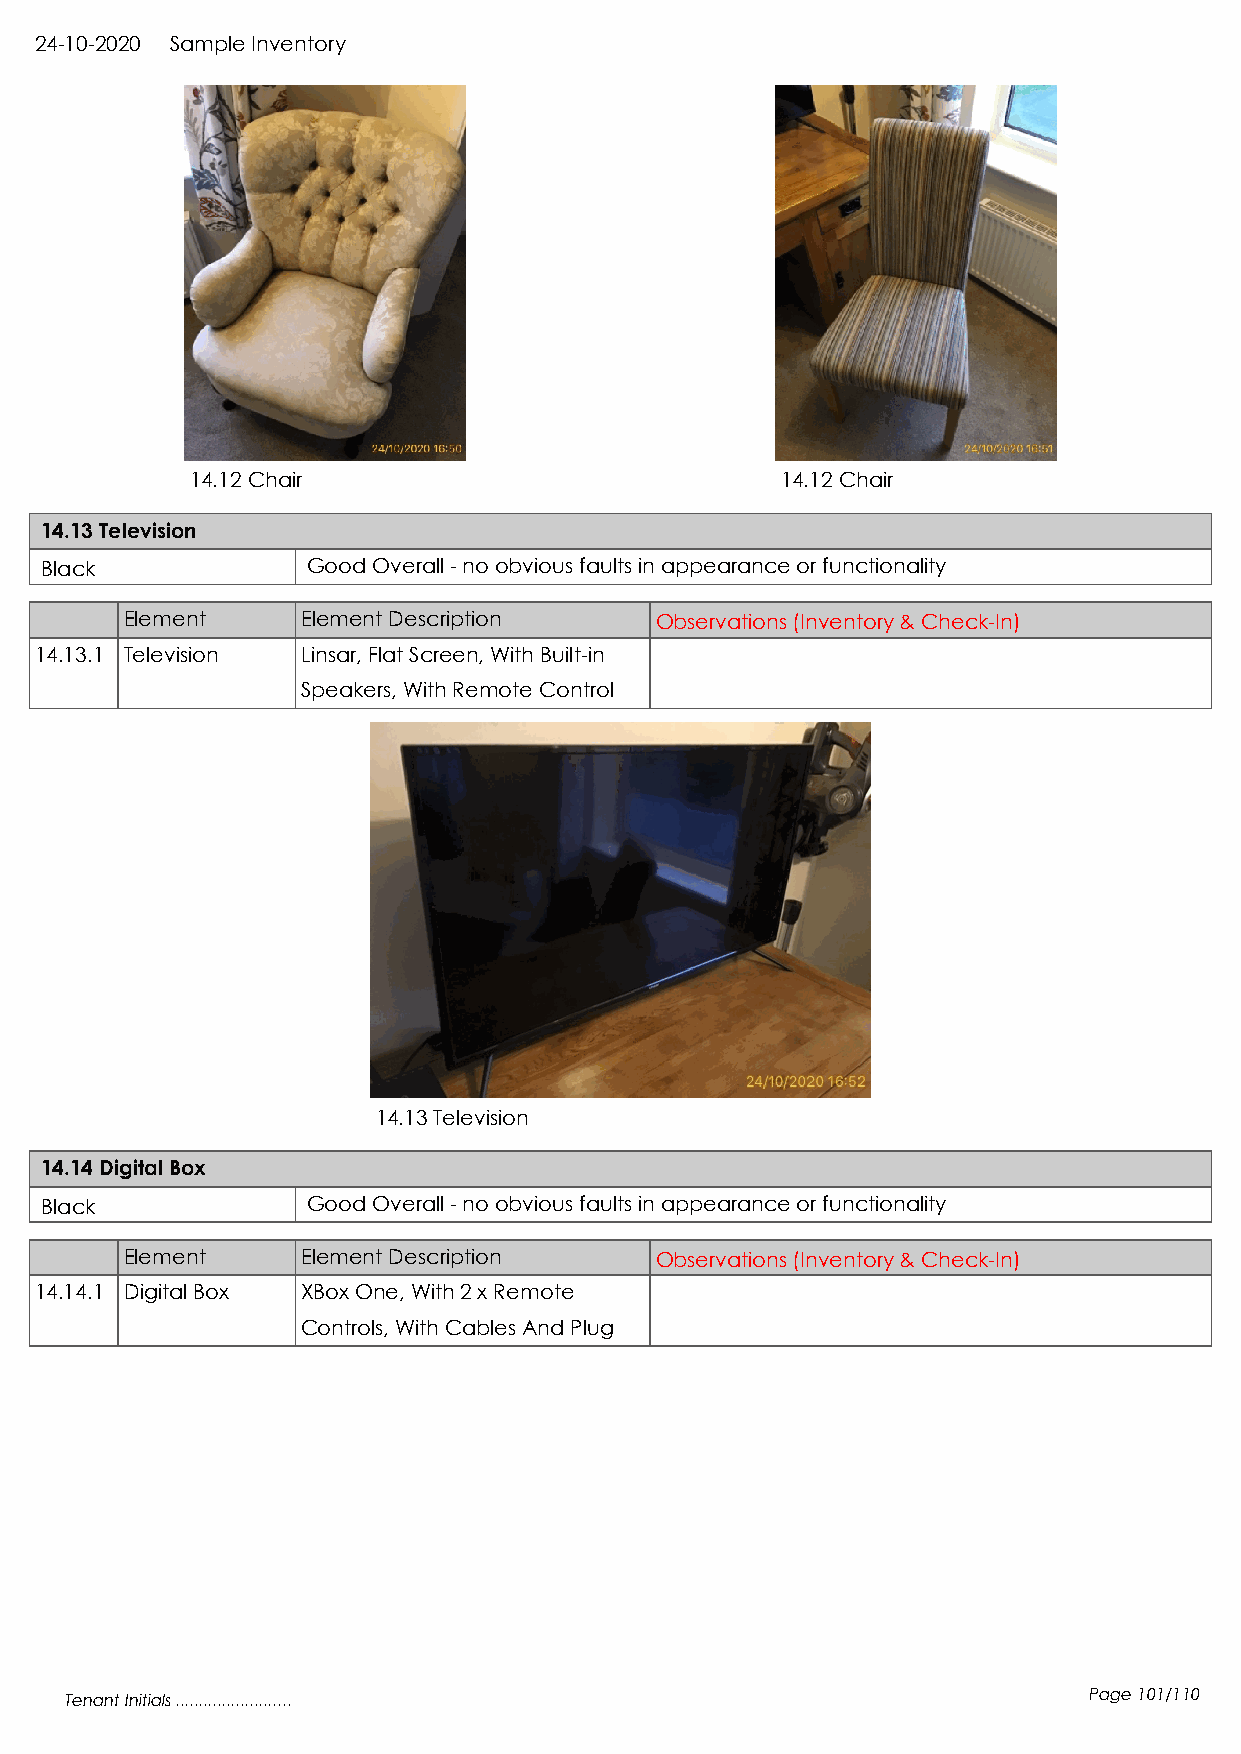
24-10-2020 Sample Inventory
 14.12 Chair                            14.12 Chair
 14.13 Television
 Black            Good Overall - no obvious faults in appearance or functionality
 Element     Element Description    Observations (Inventory & Check-In)
 14.13.1 Television Linsar, Flat Screen, With Built-in
 Speakers, With Remote Control
 14.13 Television
 14.14 Digital Box
 Black            Good Overall - no obvious faults in appearance or functionality
 Element     Element Description    Observations (Inventory & Check-In)
 14.14.1 Digital Box XBox One, With 2 x Remote
 Controls, With Cables And Plug
 Tenant Initials .........................                           Page 101/110